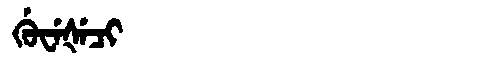
Manchu: ᡤᡠᠸᡝᡧᡝᠴᡳ
Romanization: GUWEŠECI